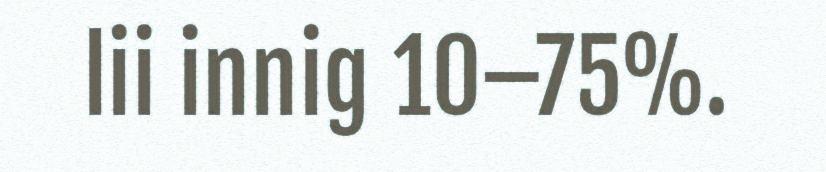
lii innig 10–75%.